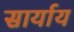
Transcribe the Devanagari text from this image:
सार्याय